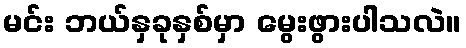
မင်း ဘယ်နှခုနှစ်မှာ မွေးဖွားပါသလဲ။